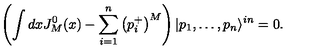
\left( \int d x J _ { M } ^ { 0 } ( x ) - \sum _ { i = 1 } ^ { n } \left( p _ { i } ^ { + } \right) ^ { M } \right) | p _ { 1 } , \dots , p _ { n } \rangle ^ { i n } = 0 .